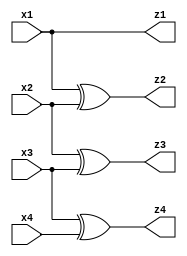
module bin_to_gray_struct(x1, x2, x3, x4, z1, z2, z3, z4);

input x1, x2, x3, x4;
output z1, z2, z3, z4;

buf(z1,x1);
xor(z2,x1,x2);
xor(z3,x2,x3);
xor(z4,x3,x4);

endmodule